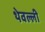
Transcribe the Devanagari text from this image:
थेवल्ली